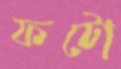
ফটো